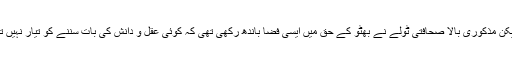
‘‘ لیکن مذکوری بالا صحافتی ٹولے نے بھٹو کے حق میں ایسی فضا باندھ رکھی تھی کہ کوئی عقل و دانش کی بات سُننے کو تیار نہیں تھا ۔